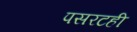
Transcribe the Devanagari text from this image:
पसरटही